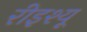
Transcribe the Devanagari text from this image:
रीइश्यू